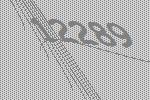
12289